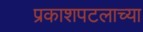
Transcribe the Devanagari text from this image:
प्रकाशपटलाच्या